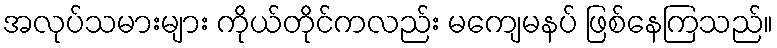
အလုပ်သမားများ ကိုယ်တိုင်ကလည်း မကျေမနပ် ဖြစ်နေကြသည်။